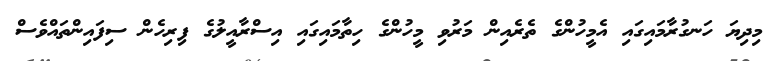
މިދިޔަ ހަނގުރާމައިގައި އެމީހުންގެ ތެރެއިން މަރުވި މީހުންގެ ހިތާމައިގައި އިސްރާއީލުގެ ފިރިހެން ސިފައިންތައްވެސް